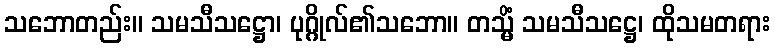
သဘောတည်း။ သမသီသဋ္ဌော၊ ပုဂ္ဂိုလ်၏သဘော။ တသ္မိံ သမသီသဋ္ဌေ၊ ထိုသမတရား